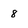
Character: 8